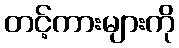
တင့်ကားများကို